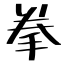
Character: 拳